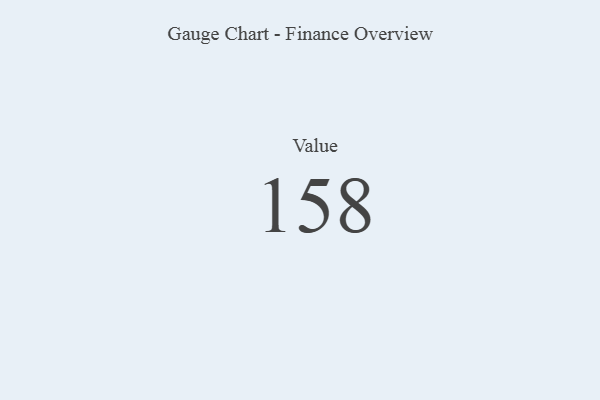
{"axis": {"x": "Metric", "y": "Value"}, "legend": [""], "data": [{"x": "Value", "y": 158, "type": ""}]}